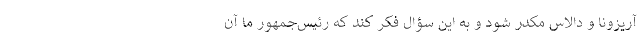
آریزونا و دالاس مکدر شود و به این سؤال فکر کند که رئیس‌جمهور ما آن